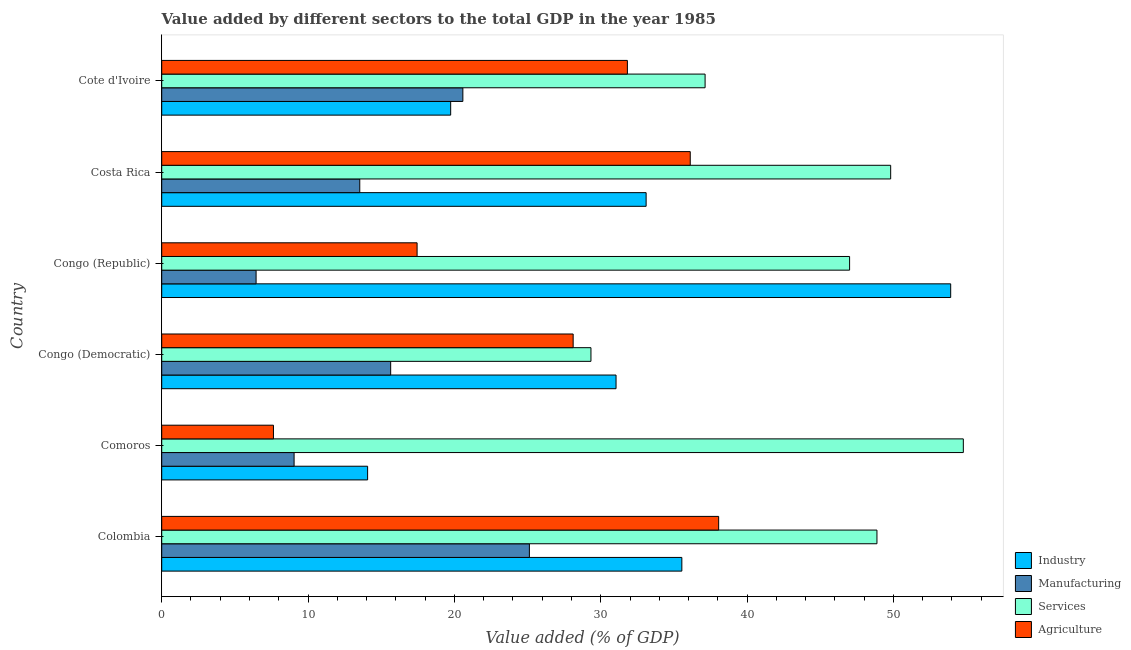
| Country | Industry | Manufacturing | Services | Agriculture |
 | --- | --- | --- | --- | --- |
 | Colombia | 35.5 | 25.1 | 48.9 | 38.1 |
 | Comoros | 14.1 | 9.05 | 54.8 | 7.64 |
 | Congo (Democratic) | 31 | 15.6 | 29.3 | 28.1 |
 | Congo (Republic) | 53.9 | 6.45 | 47 | 17.5 |
 | Costa Rica | 33.1 | 13.5 | 49.8 | 36.1 |
 | Cote d'Ivoire | 19.7 | 20.6 | 37.1 | 31.8 |